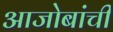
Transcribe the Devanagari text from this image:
आजोबांची